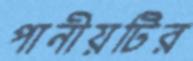
পানীয়টির